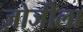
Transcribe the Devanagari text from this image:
ज़ोजीला